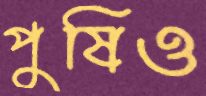
পুষিও